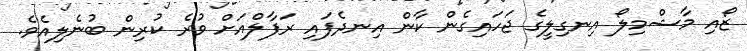
ޒޯއި މާޝްމިލޯ އިނގިލީގެ ޖަހައިގެން ކާން އިނދެފައި ރަފާލްއަށް ވުރެ ކުރިން ބުނެލިއެވެ.